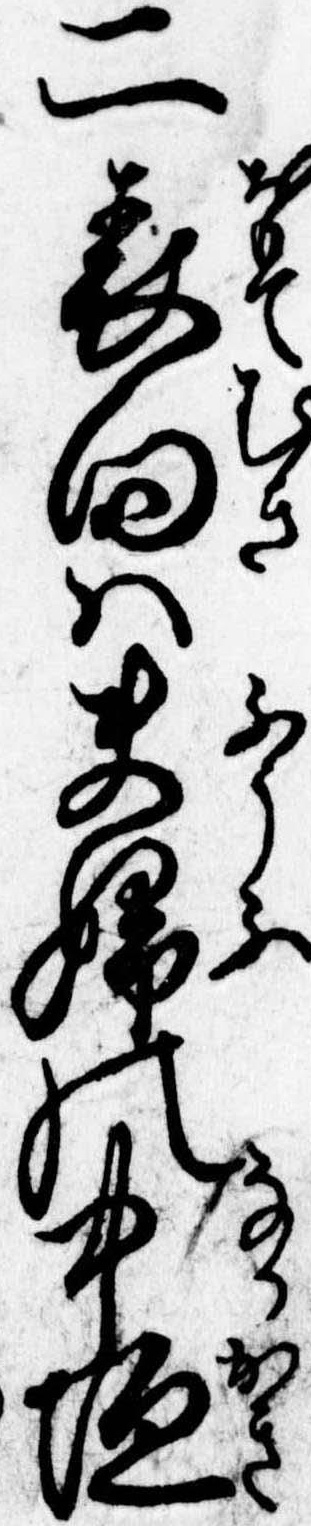
二表向は夫婦の中垣